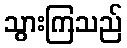
သွားကြသည်